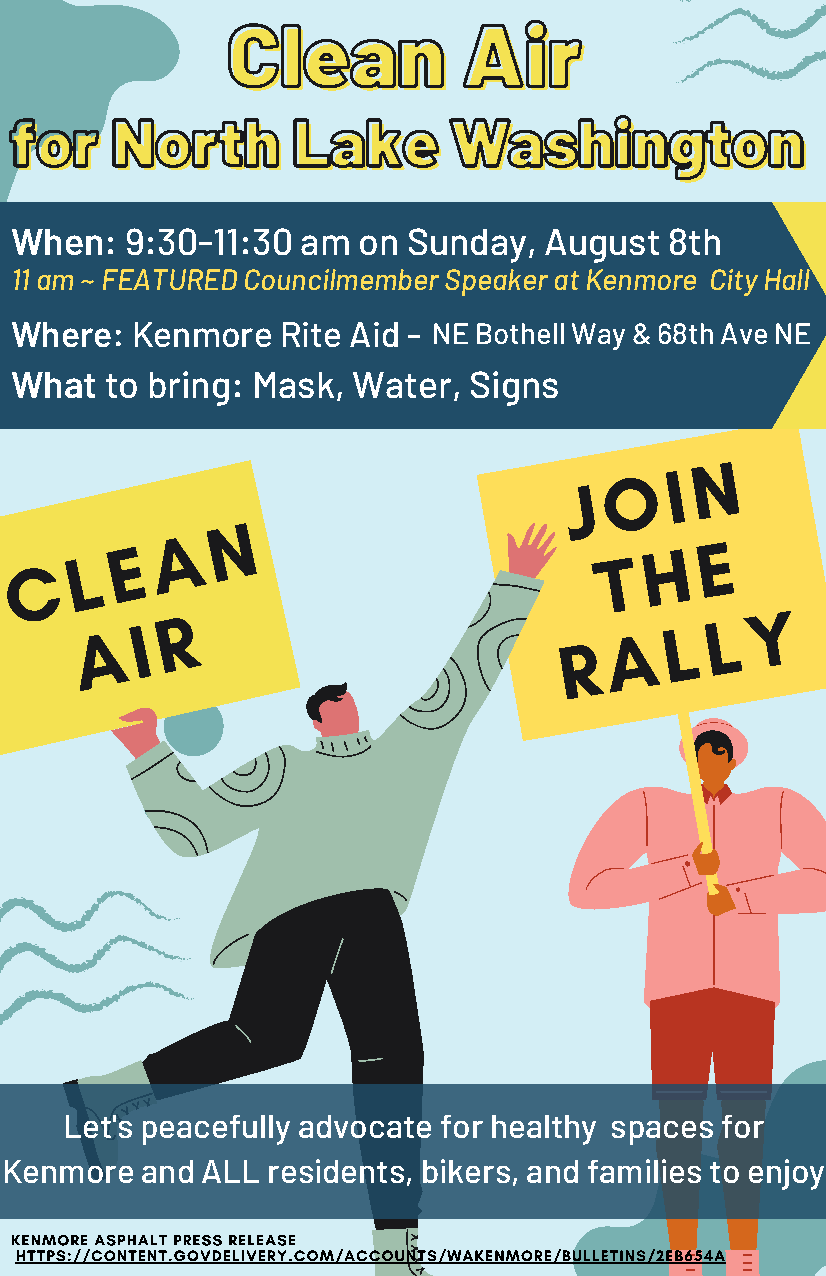
CClleeaann      AAiirr
 ffoorr NNoorrtthh LLaakkee   WWaasshhiinnggttoonn
 When:  9:30-11:30  am  on Sunday,  August  8th
 11 am ~ FEATURED Councilmember Speaker at Kenmore City Hall
 Where:  Kenmore  Rite Aid - NE Bothell Way & 68th Ave NE
 What  to bring: Mask, Water,  Signs
 N
 O   I
 J
 N
 A
 E                                   H  E
 L                                  T
 C
 A   I R                            A   L  L  Y
 R
 Let's peacefully advocate for healthy spaces for
 Kenmore  and ALL  residents, bikers, and families to enjoy
 KENMORE ASPHALT PRESS RELEASE
 HTTPS://CONTENT.GOVDELIVERY.COM/ACCOUNTS/WAKENMORE/BULLETINS/2EB654A